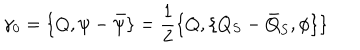
\gamma _ { 0 } = \{ Q , \psi - { \bar { \psi } } \} = \frac { 1 } { 2 } \{ Q , \{ Q _ { S } - { \bar { Q } } _ { S } , \phi \} \}